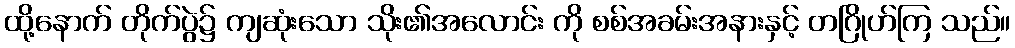
ထို့နောက် တိုက်ပွဲ၌ ကျဆုံးသော သိုး၏အလောင်း ကို စစ်အခမ်းအနားနှင့် တဂြိုဟ်ကြ သည်။